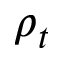
\rho _ { t }